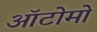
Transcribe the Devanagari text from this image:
ऑटोमो